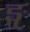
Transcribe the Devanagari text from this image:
ङ्गु